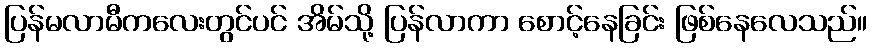
ပြန်မလာမီကလေးတွင်ပင် အိမ်သို့ ပြန်လာကာ စောင့်နေခြင်း ဖြစ်နေလေသည်။